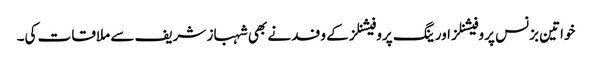
خواتین بزنس پروفیشنلز اور ینگ پروفیشنلز کے وفد نے بھی شہباز شریف سے ملاقات کی۔